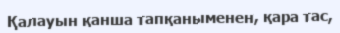
Қалауын қанша тапқаныменен, қара тас,